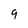
Character: 9